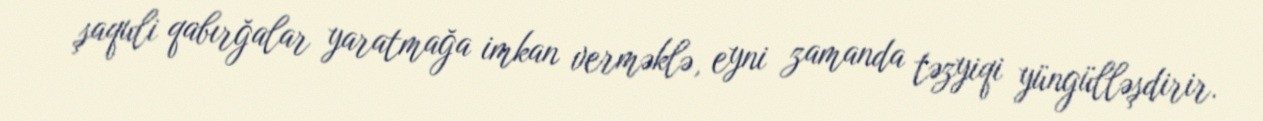
şaquli qabırğalar yaratmağa imkan verməklə, eyni zamanda təzyiqi yüngülləşdirir.